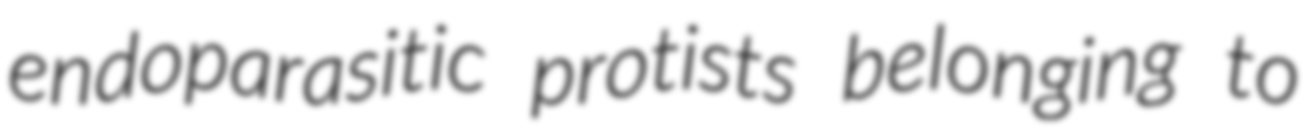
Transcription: endoparasitic protists belonging to